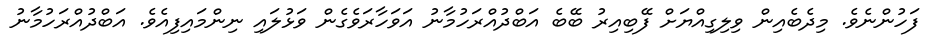
ފަހުންނެވެ. މިދެބެއިން ވިލިގިއްޔަށް ފޭބިއިރު ބޭބެ އަބްދުއްރަހުމާނު އަވަހާރަވެގެން ވަޅުލައި ނިންމައިފިއެވެ. އަބްދުއްރަހުމާނު